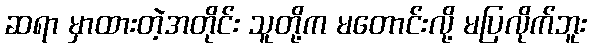
ဆရာ မှာထားတဲ့အတိုင်း သူတို့က မတောင်းလို့ မပြလိုက်ဘူး